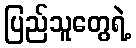
ပြည်သူတွေရဲ့